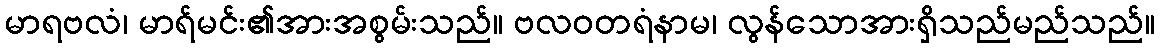
မာရဗလံ၊ မာရ်မင်း၏အားအစွမ်းသည်။ ဗလဝတရံနာမ၊ လွန်သောအားရှိသည်မည်သည်။